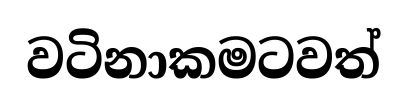
වටිනාකමටවත්